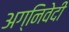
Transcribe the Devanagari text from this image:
अग्निवेदी